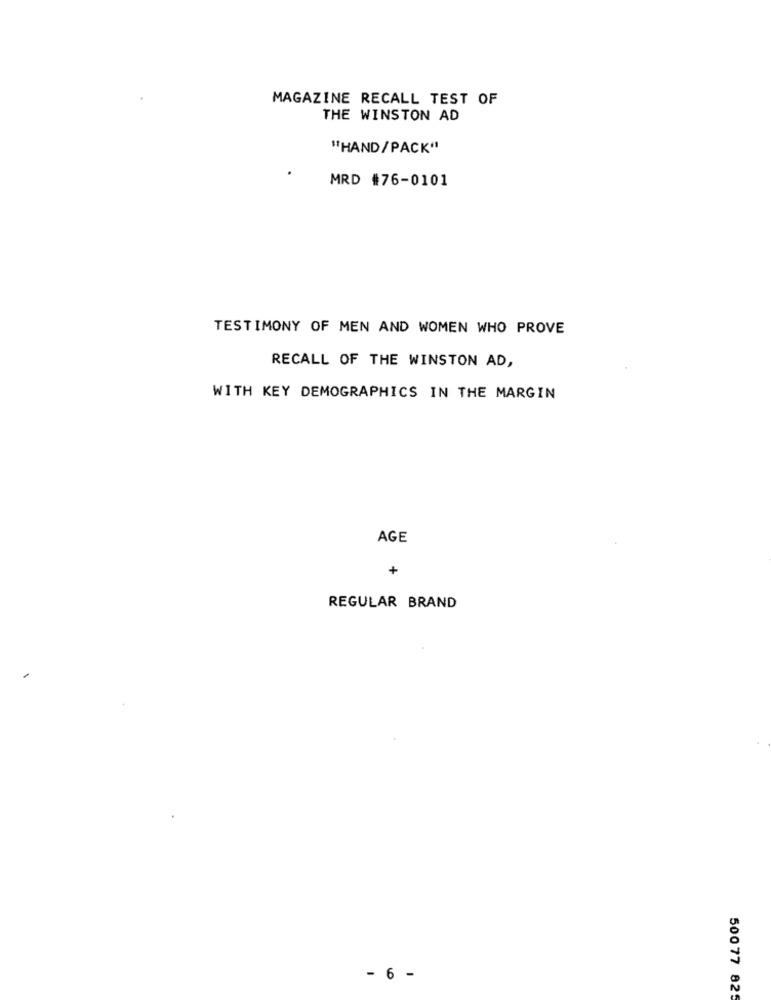
MAGAZINE RECALL TEST OF
THE WINSTON AD
"HAND/PACK"
MRD #76-0101
TESTIMONY OF MEN AND WOMEN WHO PROVE
RECALL OF THE WINSTON AD,
WITH KEY DEMOGRAPHICS IN THE MARGIN
AGE
+
REGULAR BRAND
- 6 -
50077 825